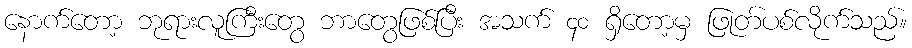
နောက်တော့ ဘုရားလူကြီးတွေ ဘာတွေဖြစ်ပြီး အသက် ၄၀ ရှိတော့မှ ဖြုတ်ပစ်လိုက်သည်။